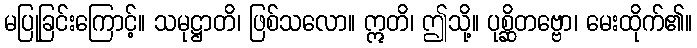
မပြုခြင်းကြောင့်။ သမုဋ္ဌာတိ၊ ဖြစ်သလော။ ဣတိ၊ ဤသို့။ ပုစ္ဆိတဗ္ဗော၊ မေးထိုက်၏။